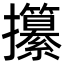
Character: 攥